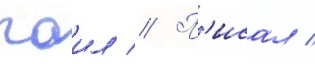
паил // П'исал /